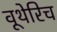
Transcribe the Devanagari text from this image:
वूथेरिच